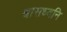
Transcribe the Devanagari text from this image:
श्वासध्वनि